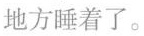
地方睡着了。